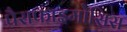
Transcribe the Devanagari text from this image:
पैराफाइमोसिस